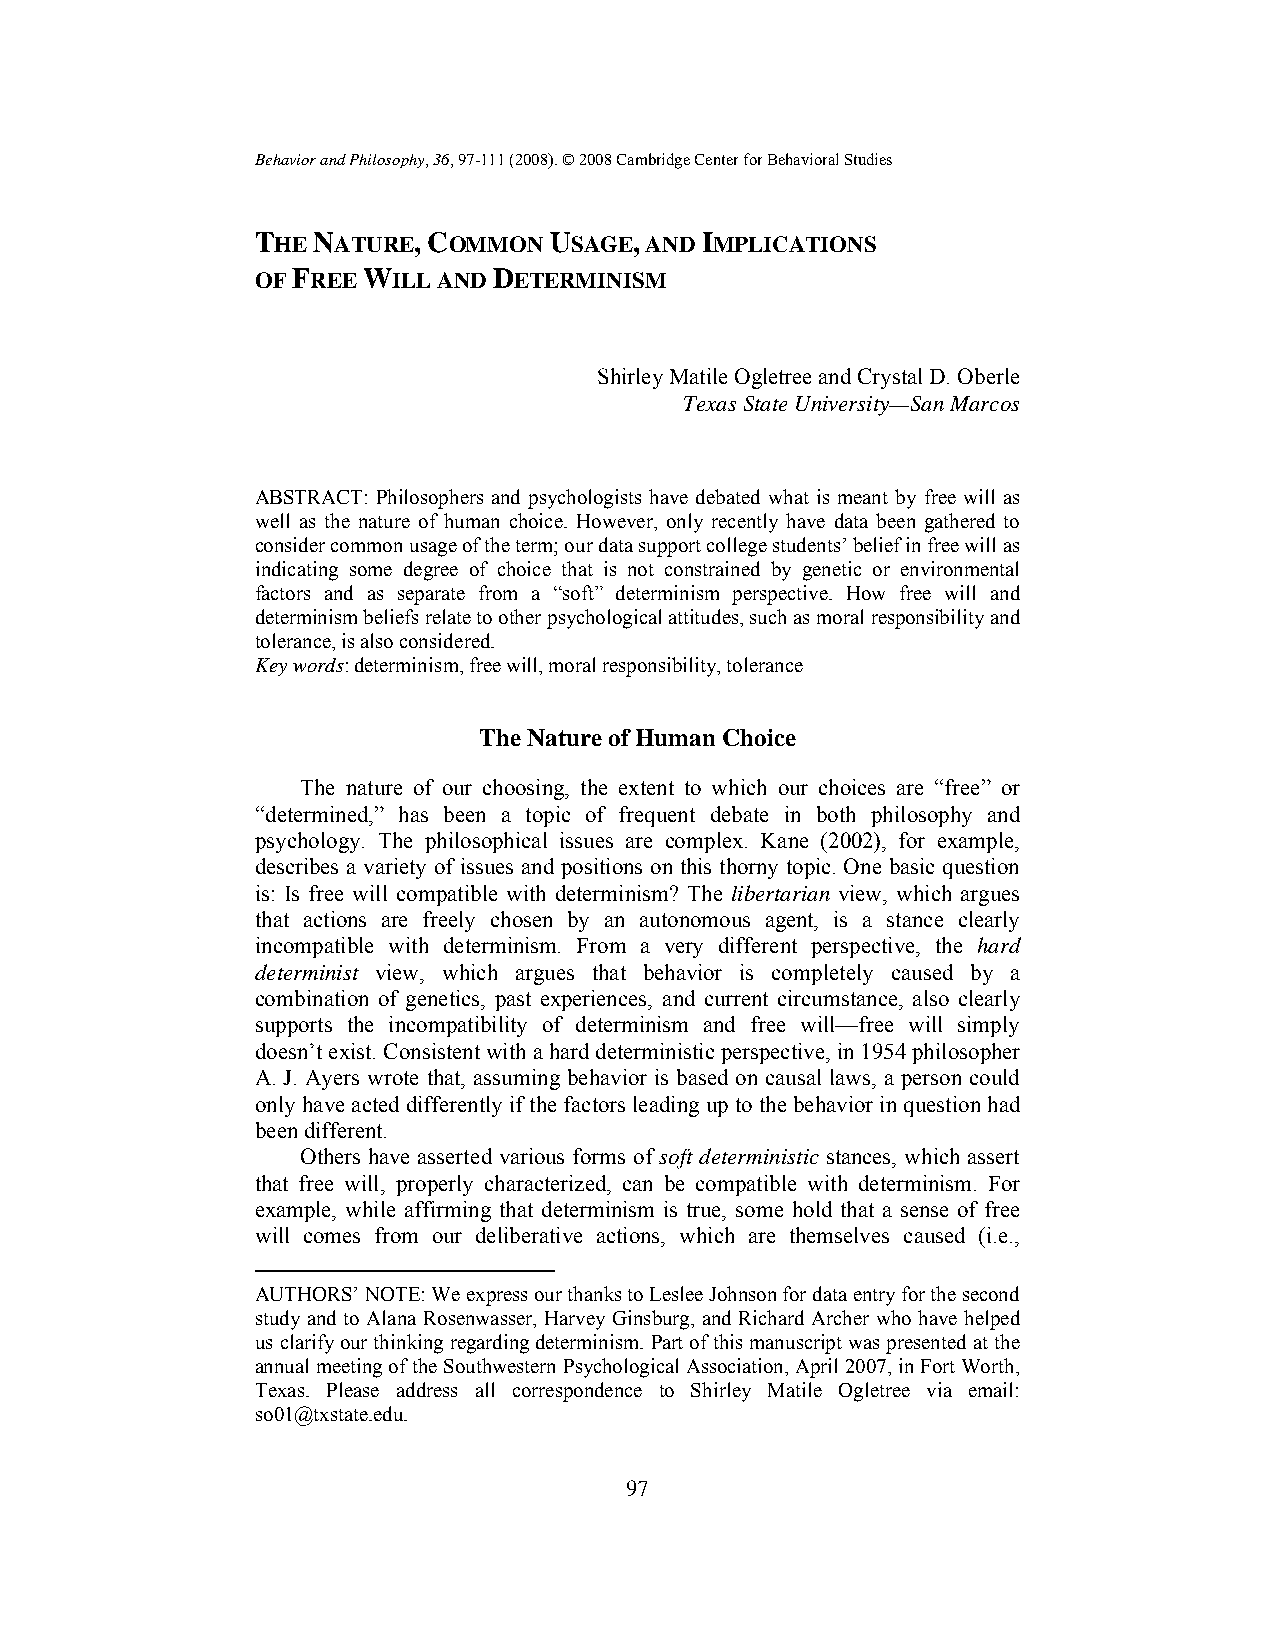
Behavior and Philosophy, 36, 97-111 (2008). © 2008 Cambridge Center for Behavioral Studies
 THE NATURE, COMMON USAGE, AND IMPLICATIONS
 OF FREE WILL AND DETERMINISM
 Shirley Matile Ogletree and Crystal D. Oberle
 Texas State University—San Marcos
 ABSTRACT: Philosophers and psychologists have debated what is meant by free will as
 well as the nature of human choice. However, only recently have data been gathered to
 consider common usage of the term; our data support college students’ belief in free will as
 indicating some degree of choice that is not constrained by genetic or environmental
 factors and as separate from a “soft” determinism perspective. How free will and
 determinism beliefs relate to other psychological attitudes, such as moral responsibility and
 tolerance, is also considered.
 Key words: determinism, free will, moral responsibility, tolerance
 The Nature of Human Choice
 The nature of our choosing, the extent to which our choices are “free” or
 “determined,” has been a topic of frequent debate in both philosophy and
 psychology. The philosophical issues are complex. Kane (2002), for example,
 describes a variety of issues and positions on this thorny topic. One basic question
 is: Is free will compatible with determinism? The libertarian view, which argues
 that actions are freely chosen by an autonomous agent, is a stance clearly
 incompatible with determinism. From a very different perspective, the hard
 determinist view, which argues that behavior is completely caused by a
 combination of genetics, past experiences, and current circumstance, also clearly
 supports the incompatibility of determinism and free will—free will simply
 doesn’t exist. Consistent with a hard deterministic perspective, in 1954 philosopher
 A. J. Ayers wrote that, assuming behavior is based on causal laws, a person could
 only have acted differently if the factors leading up to the behavior in question had
 been different.
 Others have asserted various forms of soft deterministic stances, which assert
 that free will, properly characterized, can be compatible with determinism. For
 example, while affirming that determinism is true, some hold that a sense of free
 will comes from our deliberative actions, which are themselves caused (i.e.,
 AUTHORS’ NOTE: We express our thanks to Leslee Johnson for data entry for the second
 study and to Alana Rosenwasser, Harvey Ginsburg, and Richard Archer who have helped
 us clarify our thinking regarding determinism. Part of this manuscript was presented at the
 annual meeting of the Southwestern Psychological Association, April 2007, in Fort Worth,
 Texas. Please address all correspondence to Shirley Matile Ogletree via email:
 so01@txstate.edu.
 97